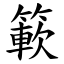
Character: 簐